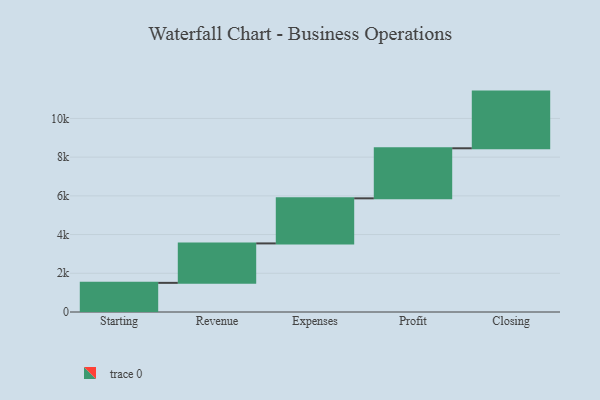
{"axis": {"x": "Step", "y": "Value"}, "legend": [""], "data": [{"x": "Starting", "y": 1505.0, "type": ""}, {"x": "Revenue", "y": 2038.0, "type": ""}, {"x": "Expenses", "y": 2328.0, "type": ""}, {"x": "Profit", "y": 2586.0, "type": ""}, {"x": "Closing", "y": 2928.0, "type": ""}]}